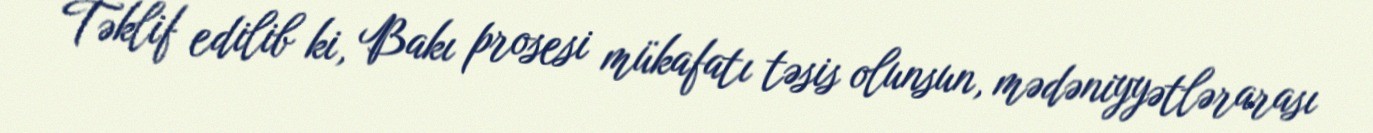
Təklif edilib ki, Bakı prosesi mükafatı təsis olunsun, mədəniyyətlərarası